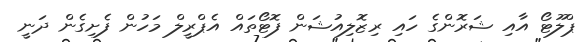
ޕްލޫޓޯ އާއި ޝަރޮންގެ ހައި ރިޒޮލިއުޝަން ފޮޓޯތައް އެޕްރީލް މަހުން ފެށިގެން ދަނީ